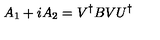
A _ { 1 } + i A _ { 2 } = V ^ { \dagger } B V U ^ { \dagger }